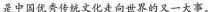
是中国优秀传统文化走向世界的又一大事。